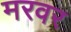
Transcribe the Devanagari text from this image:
मरवर